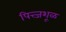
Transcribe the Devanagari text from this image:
पित्त्जशूळ